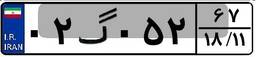
۰۲گ۰۵۲۶۷